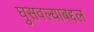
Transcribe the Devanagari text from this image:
घुसवल्याबद्दल